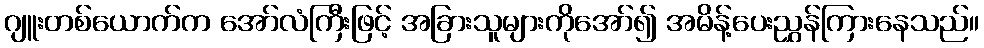
ဂျူးတစ်ယောက်က အော်လံကြီးဖြင့် အခြားသူများကိုအော်၍ အမိန့်ပေးညွှန်ကြားနေသည်။